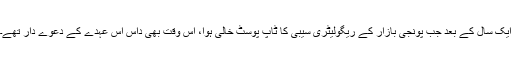
ایک سال کے بعد جب پونجی بازار کے ریگولیٹری سیبی کا ٹاپ پوسٹ خالی ہوا، اس وقت بھی داس اس عہدے کے دعوے دار تھے۔